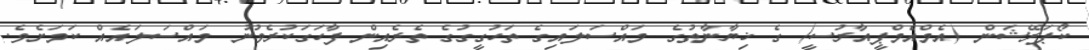
ކޯޕަރޭޝަން (އެމްއެމްޕީއާރުސީ) ގެ ޚިޔާނާތުގެ މައްސަލައިގެ ތަހުގީގުގެ ތެރެއިން ފާހަގަކުރެވުނު މައްސަލައެއް ކަމަށެވެ.